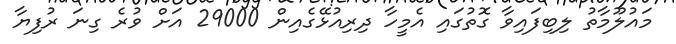
މައުލޫމާތު ލިބިފައިވާ ގޮތުގައި އެމީހާ ދިރިއުޅޭގެއިން 29000 އަށް ވުރެ ގިނަ ރުފިޔާ